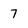
Character: 7